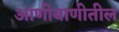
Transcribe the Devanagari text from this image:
आणीबाणीतील